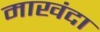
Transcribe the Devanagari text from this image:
माखंदा